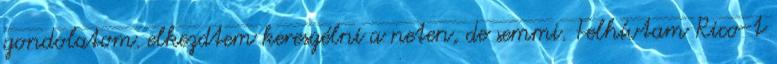
gondolatom. elkezdtem keresgélni a neten, de semmi. Felhívtam Rico-t